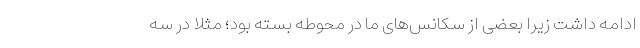
ادامه داشت زیرا بعضی از سکانس‌های ما در محوطه بسته بود؛ مثلاً در سه